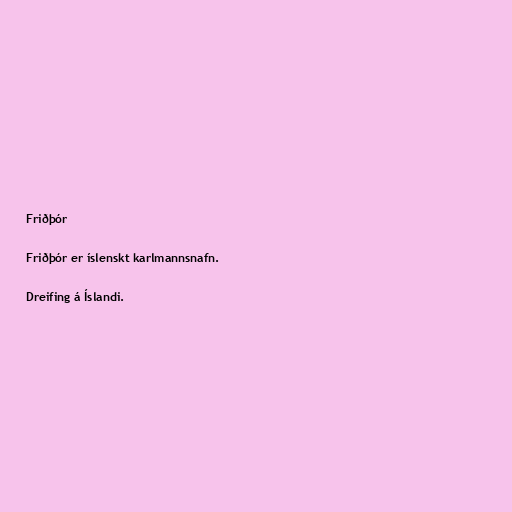
Friðþór

Friðþór er íslenskt karlmannsnafn.

Dreifing á Íslandi.